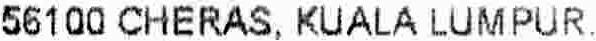
56100 CHERAS, KUALA LUMPUR.